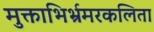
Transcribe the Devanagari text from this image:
मुक्ताभिर्भ्रमरकलिता